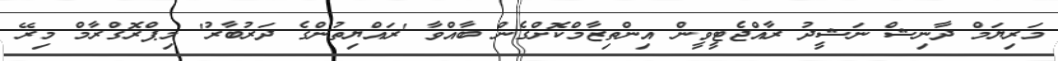
މަރިޔަމް ދާނިޝް ނަޝީދު ރާއްޖެޓީވީން އިންތިޒާމްކޮށްގެން ބާއްވާ 'ރައްޔިތުންގެ ދަރުބާރު' މިޕްރޮގްރާމް މިރޭ